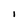
Character: 1